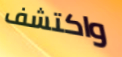
واكتشف